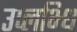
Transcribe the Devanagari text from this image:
उप्लभ्धि